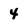
Character: 4